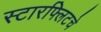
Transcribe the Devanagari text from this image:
स्टारफ्लिटचे